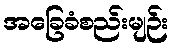
အခြေခံစည်းမျဉ်း